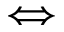
\Longleftrightarrow